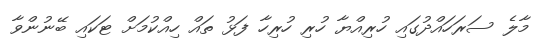
މާލެ ސަރަހައްދުގައި ހުރިއްޔާ ހުރި ހުރިހާ ފަޅު ތައް ހިއްކުމަށް ޓަކައި ބޭނުންވާ